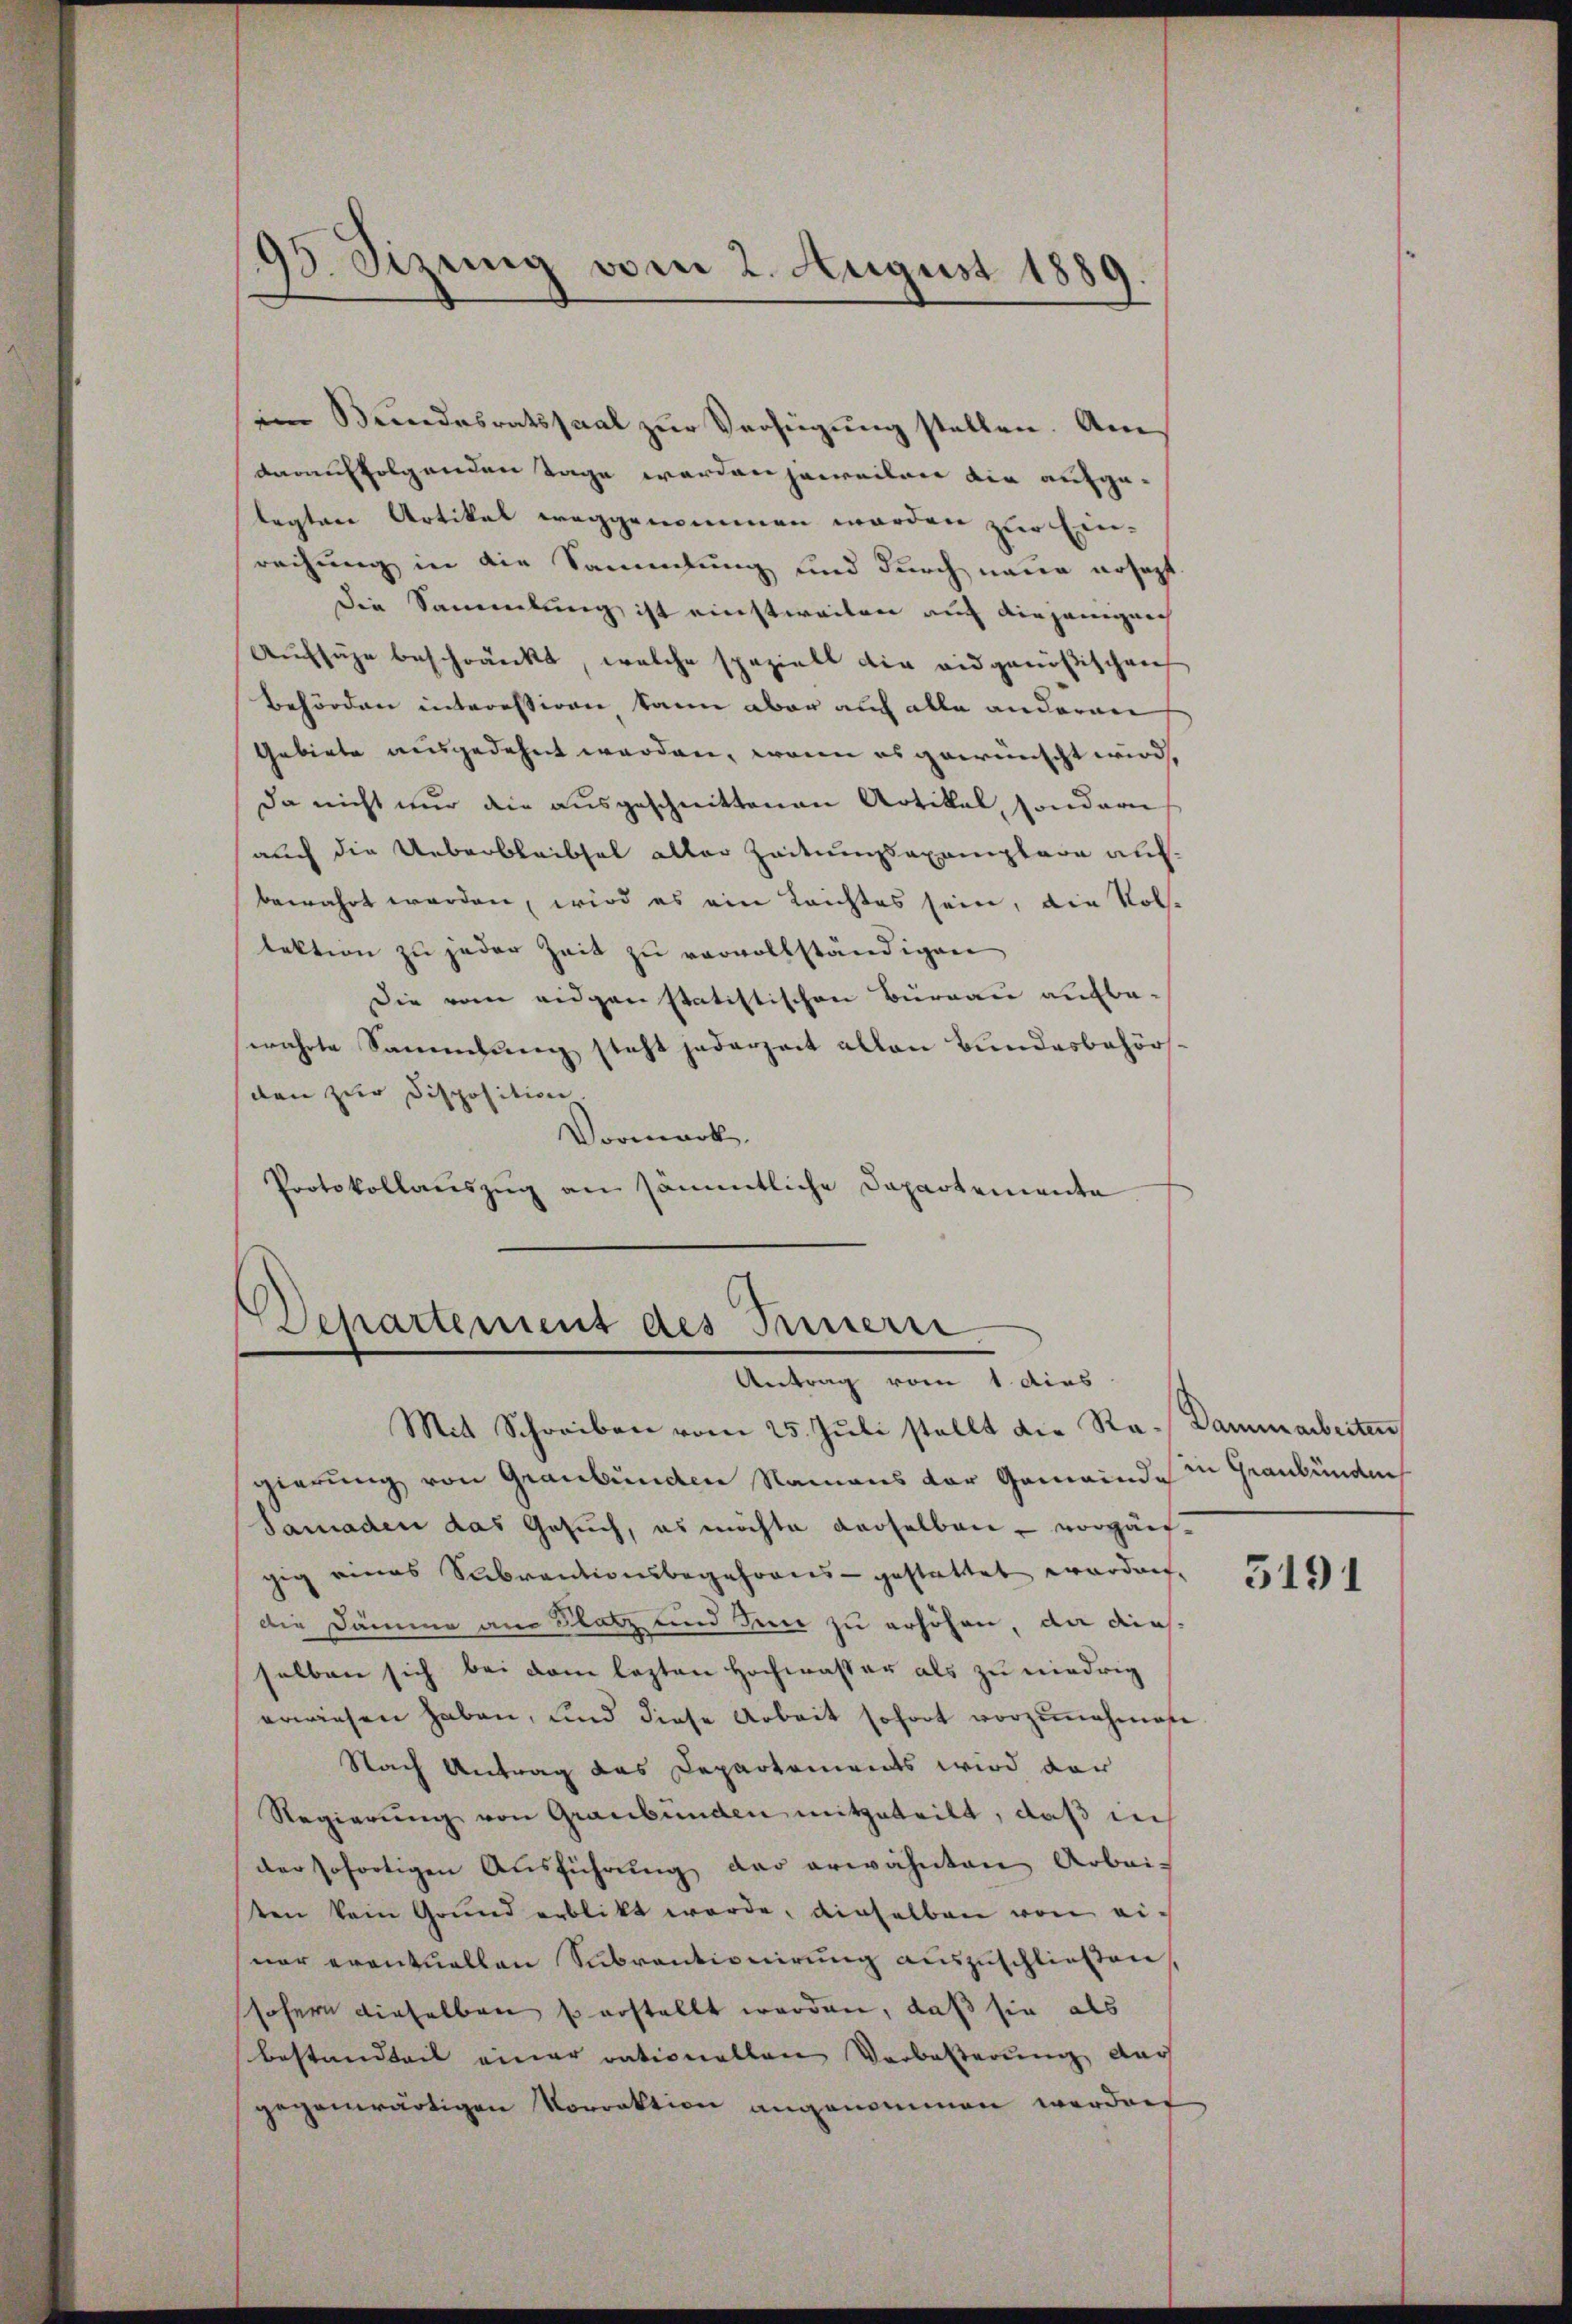
im Bundesratssaal zur Verfügung stellen. Am
darauf folgenden Tage werden jeweilen die aufgelegten Artikel weggenommen worden zur Ein-
reihung in die Sammlung und durch neue ersagt
Die Sammlung ist einstweilen auch diejenigeich
Aufsuche beschränkt, welche spezielt die eidgenößischen
Behörden interessiren kann aber auch alle anderen
Gebiete ausgedehnt werden, wenn es gewünscht wird,
da nicht nur die ausgeschnittenen Artikel, sondern
auch die Ueberbleibsel aller Zeitungsaxemplare aufbewahrt werden, wird es ein Leichtes sein, die Kol-
lektion zu jeder Zeit zu vervollständigen
Die vom eidgen statistischen Büreau aufbesewahrte Sammlung steht jederzeit allen Bundesbehörden zur Disposition
Vormark.
Protokollaŭszŭg an sämmtliche Departemente

95. Sizung vom 2. August 1889

Departement des Innern
Antrag vom 1. dies

Mit Schreiben vom 25. Juli stellt die Re- Dammarbeiten
gierung von Graubünden Namens der Gemeinde
Samaden das Gesuch, es möchte derselben - vorgängig eines Subventionsbegehrens gestattet werden,
Die Dämme an Platz und den zu erhöhen, da diesselben sich bei dem lezten Hochwasser als zu niedrig
erwiesen haben, und diese Arbeit sofort vorzunehmen
Nach Antrag das Departements wird dar
Regierŭng von Graubünden mitgeteilt, daß in
der sofortigen Aŭsführŭng der erwähnten Arbei-
ten kein Grund erblickt werde, dieselben von einer eventuellen Subventionirung auszuschließen
sofern dieselben so erstellt werden, daß sie als
Bestandteil einer rationellen Verbeßerung dar
gegenwärtigen Vorrektion angenommen werden

in Graubündnis

5191